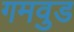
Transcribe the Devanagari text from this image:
गमवुड